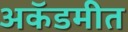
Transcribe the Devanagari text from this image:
अकॅडमीत